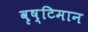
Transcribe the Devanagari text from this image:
वृष्टिमान